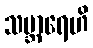
သမ္ဘာရေဟိ